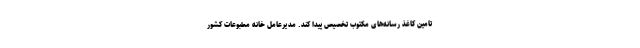
تامین کاغذ رسانه‌های مکتوب تخصیص پیدا کند. مدیرعامل خانه مطبوعات کشور